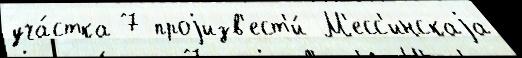
уча́стка 7 проjизв'ест'и́ М'есс'инскаjа